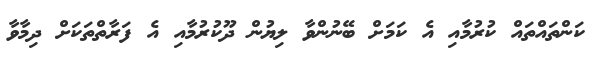
ކަންތައްތައް ކުރުމާއި އެ ކަމަށް ބޭނުންވާ ލިޔުން ދޫކުރުމާއި އެ ފަރާތްތަކަށް ދިމާވާ